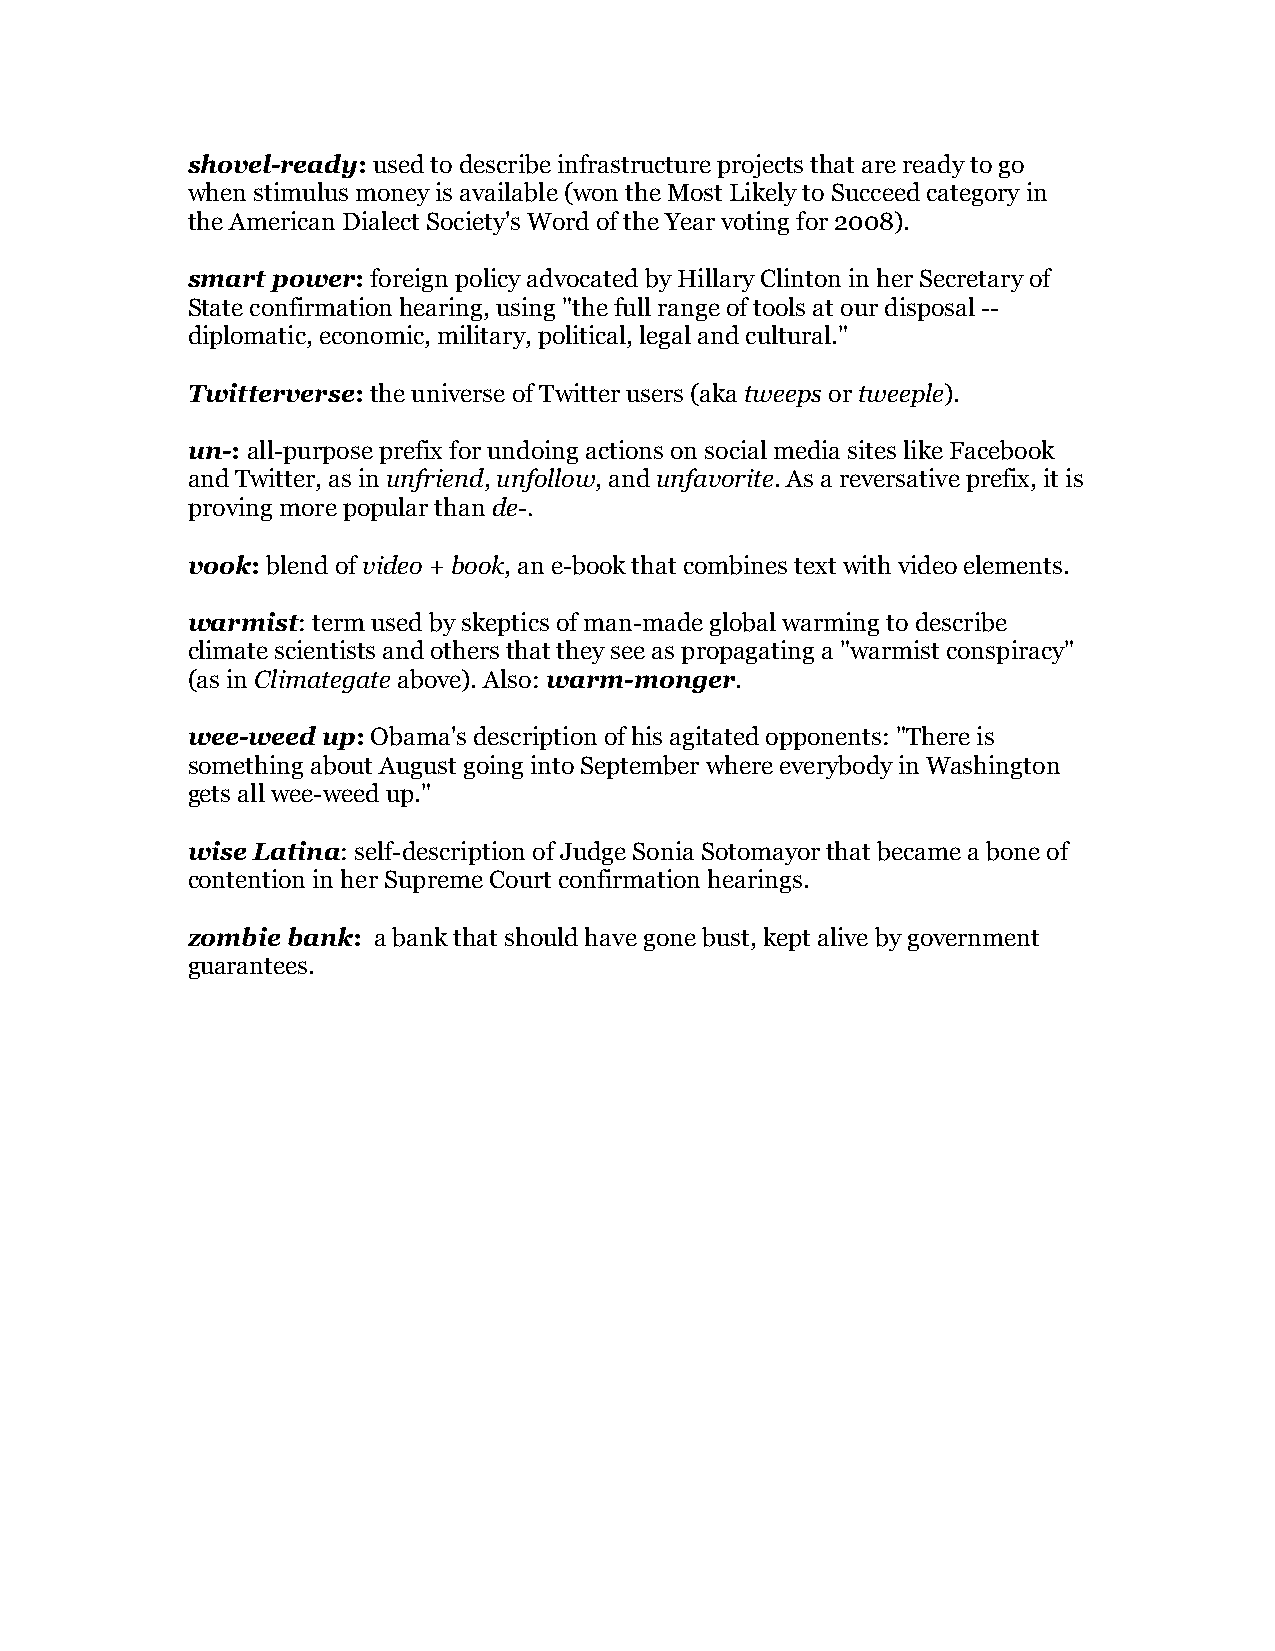
shovel-ready: used to describe infrastructure projects that are ready to go
 when stimulus money is available (won the Most Likely to Succeed category in
 the American Dialect Society's Word of the Year voting for 2008).
 smart power: foreign policy advocated by Hillary Clinton in her Secretary of
 State confirmation hearing, using "the full range of tools at our disposal --
 diplomatic, economic, military, political, legal and cultural."
 Twitterverse: the universe of Twitter users (aka tweeps or tweeple).
 un-: all-purpose prefix for undoing actions on social media sites like Facebook
 and Twitter, as in unfriend, unfollow, and unfavorite. As a reversative prefix, it is
 proving more popular than de-.
 vook: blend of video + book, an e-book that combines text with video elements.
 warmist: term used by skeptics of man-made global warming to describe
 climate scientists and others that they see as propagating a "warmist conspiracy"
 (as in Climategate above). Also: warm-monger.
 wee-weed up: Obama's description of his agitated opponents: "There is
 something about August going into September where everybody in Washington
 gets all wee-weed up."
 wise Latina: self-description of Judge Sonia Sotomayor that became a bone of
 contention in her Supreme Court confirmation hearings.
 zombie bank: a bank that should have gone bust, kept alive by government
 guarantees.